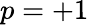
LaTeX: p=+1